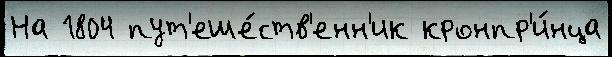
На 1804 пут'еше́ств'енн'ик кронпр'и́нца